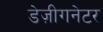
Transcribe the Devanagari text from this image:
डेज़ीगनेटर